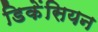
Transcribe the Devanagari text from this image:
डिकेंसियन